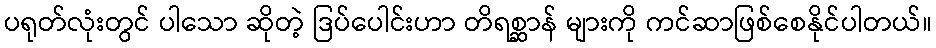
ပရုတ်လုံးတွင် ပါသော ဆိုတဲ့ ဒြပ်ပေါင်းဟာ တိရစ္ဆာန် များကို ကင်ဆာဖြစ်စေနိုင်ပါတယ်။